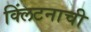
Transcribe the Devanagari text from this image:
क्लिंटनाची